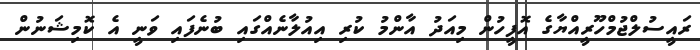
ރައީސުލްޖުމްހޫރީއްޔާގެ އޮފީހުން މިއަދު އާންމު ކުރި އިއުލާނެއްގައި ބުނެފައި ވަނީ އެ ކޮމިޝަނުން